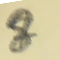
8